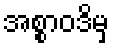
အစ္စာဝဒိမှ